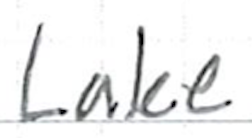
Text: Lake
Cross-out: clean
Writing tool: ballpoint